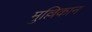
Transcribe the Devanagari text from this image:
मुल्लिकान